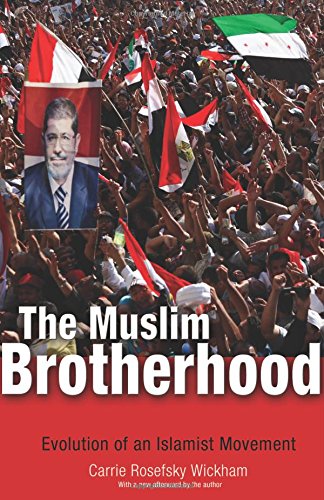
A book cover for The Muslim Brotherhood: Evolution of an Islamist Movement; Carrie Rosefsky Wickham; Religion & Spirituality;